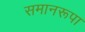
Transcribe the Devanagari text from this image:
समानरूपा